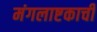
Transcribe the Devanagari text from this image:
मंगलाष्टकाची